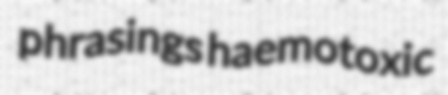
phrasings haemotoxic